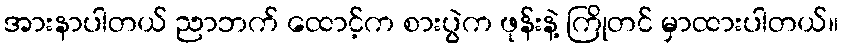
အားနာပါတယ် ညာဘက် ထောင့်က စားပွဲက ဖုန်းနဲ့ ကြိုတင် မှာထားပါတယ်။